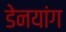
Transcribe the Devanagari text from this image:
डेनयांग